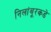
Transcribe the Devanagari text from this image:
निलांबूरकडे